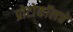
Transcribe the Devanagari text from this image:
प्रोटोकॉलचे